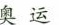
奥 运